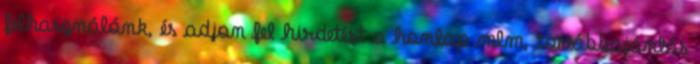
felhasználónk, és adjon fel hirdetést a honlap mlm, továbbajánlás